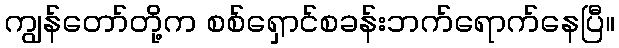
ကျွန်တော်တို့က စစ်ရှောင်စခန်းဘက်ရောက်နေပြီ။